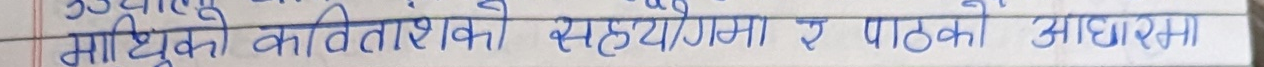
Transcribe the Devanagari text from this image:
माथिको कवितांशको सहयोगमा यै पाठको आधारमा